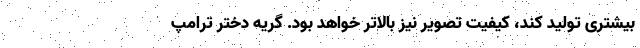
بیشتری تولید کند، کیفیت تصویر نیز بالاتر خواهد بود. گریه دختر ترامپ